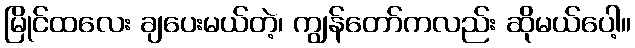
မြိုင်ထလေး ချပေးမယ်တဲ့၊ ကျွန်တော်ကလည်း ဆိုမယ်ပေါ့။